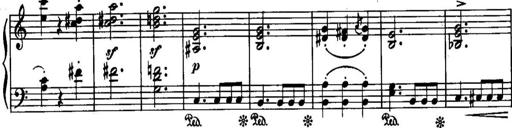
Title: Piano Sonatina No.1, Op.146
Composer: Stephen Heller